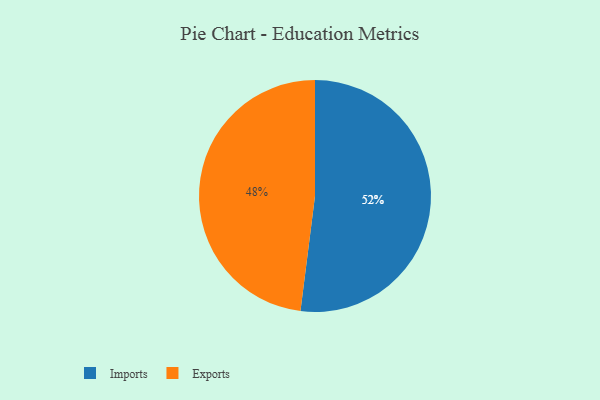
{"axis": {"x": "Category", "y": "Percentage"}, "legend": ["Exports", "Imports"], "data": [{"x": "Imports", "y": 52, "type": "Imports"}, {"x": "Exports", "y": 48, "type": "Exports"}]}